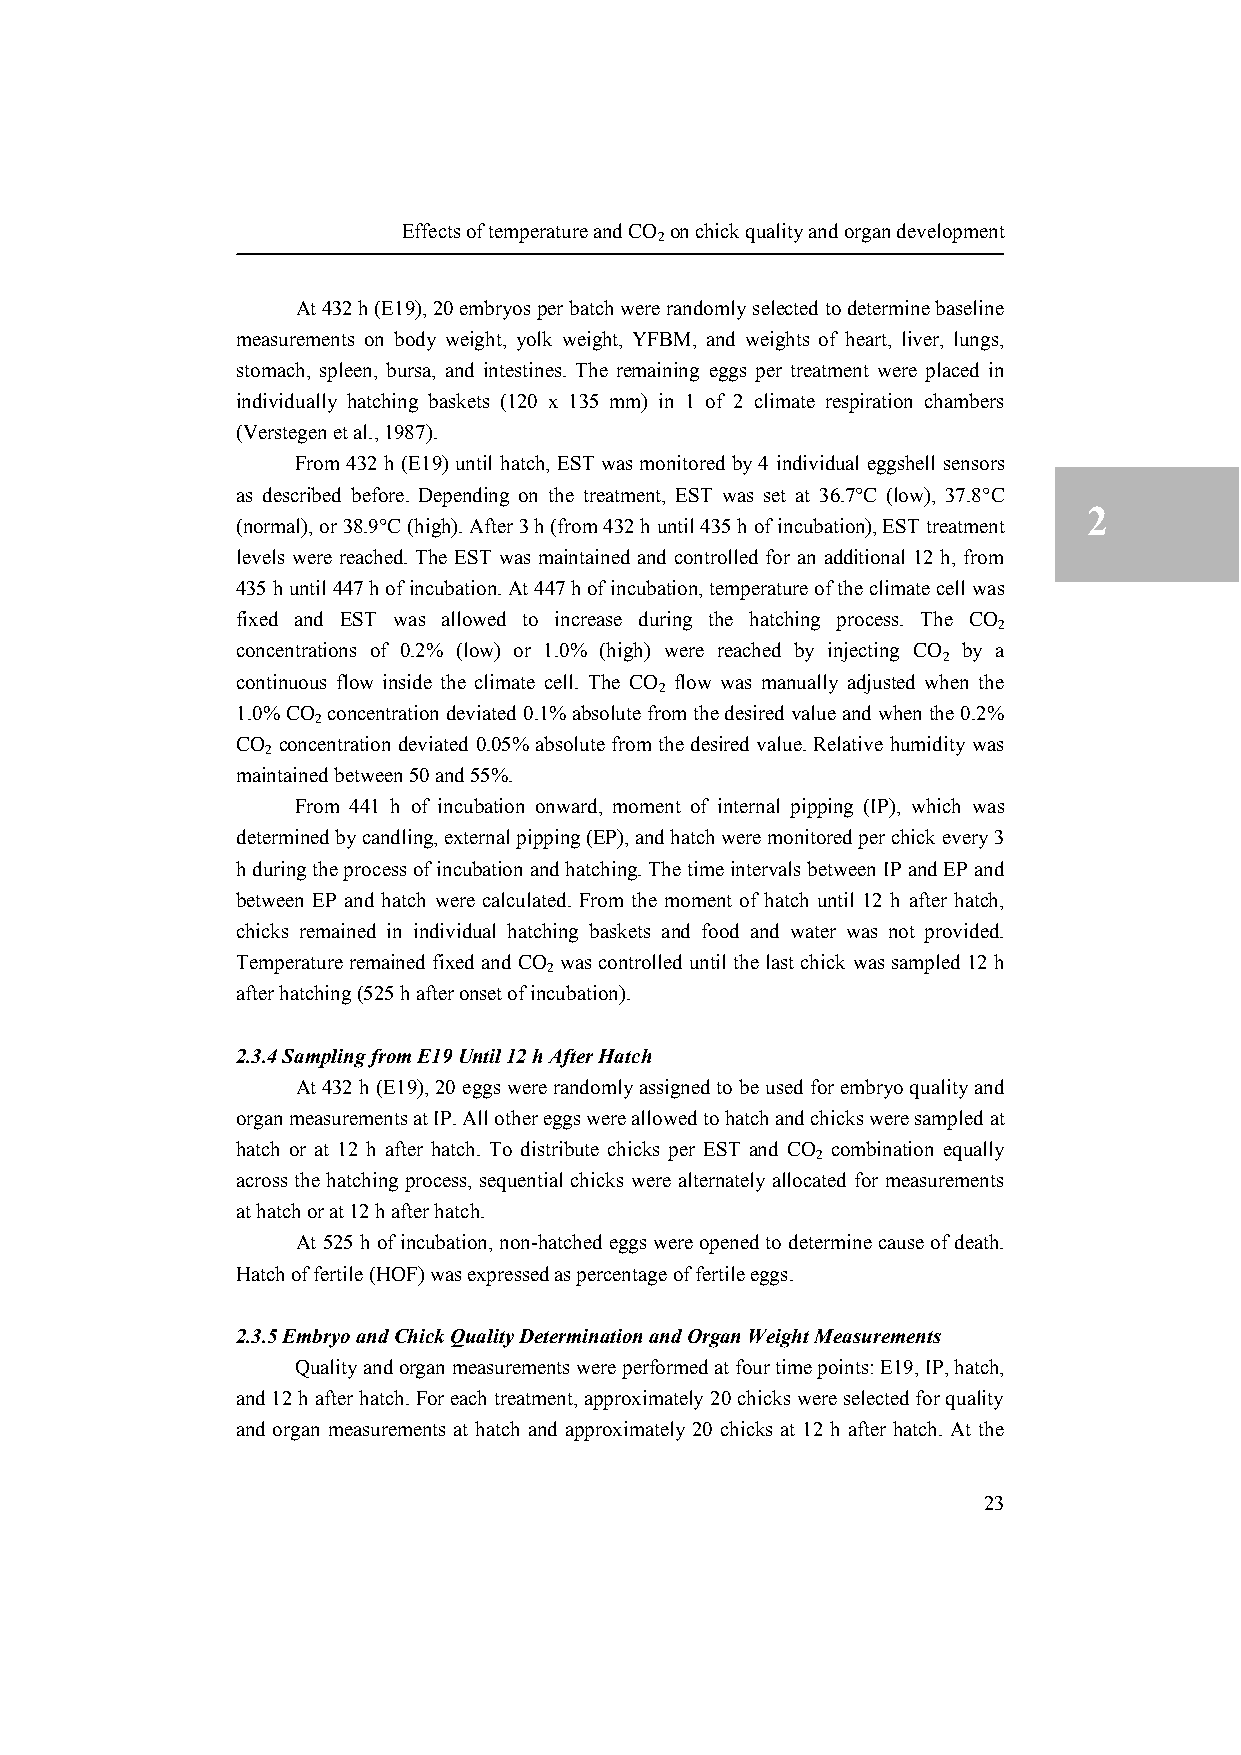
Effects of temperature and CO
 2
 on chick quality and organ development
 At 432 h (E19), 20 embryos per batch were randomly selected to determine baseline
 measurements on body weight, yolk weight, YFBM, and weights of heart, liver, lungs,
 stomach, spleen, bursa, and intestines. The remaining eggs per treatment were placed in
 individually hatching baskets (120 x 135 mm) in 1 of 2 climate respiration chambers 2
 (Verstegen et al., 1987).
 From 432 h (E19) until hatch, EST was monitored by 4 individual eggshell sensors
 as described before. Depending on the treatment, EST was set at 36.7°C (low), 37.8°C
 2
 (normal), or 38.9°C (high). After 3 h (from 432 h until 435 h of incubation), EST treatment
 levels were reached. The EST was maintained and controlled for an additional 12 h, from
 435 h until 447 h of incubation. At 447 h of incubation, temperature of the climate cell was
 fixed and EST was allowed to increase during the hatching process. The CO
 2
 concentrations of 0.2% (low) or 1.0% (high) were reached by injecting CO by a
 2
 continuous flow inside the climate cell. The CO flow was manually adjusted when the
 2
 1.0% CO concentration deviated 0.1% absolute from the desired value and when the 0.2%
 2
 CO concentration deviated 0.05% absolute from the desired value. Relative humidity was
 2
 maintained between 50 and 55%.
 From 441 h of incubation onward, moment of internal pipping (IP), which was
 determined by candling, external pipping (EP), and hatch were monitored per chick every 3
 h during the process of incubation and hatching. The time intervals between IP and EP and
 between EP and hatch were calculated. From the moment of hatch until 12 h after hatch,
 chicks remained in individual hatching baskets and food and water was not provided.
 Temperature remained fixed and CO was controlled until the last chick was sampled 12 h
 2
 after hatching (525 h after onset of incubation).
 2.3.4 Sampling from E19 Until 12 h After Hatch
 At 432 h (E19), 20 eggs were randomly assigned to be used for embryo quality and
 organ measurements at IP. All other eggs were allowed to hatch and chicks were sampled at
 hatch or at 12 h after hatch. To distribute chicks per EST and CO combination equally
 2
 across the hatching process, sequential chicks were alternately allocated for measurements
 at hatch or at 12 h after hatch.
 At 525 h of incubation, non-hatched eggs were opened to determine cause of death.
 Hatch of fertile (HOF) was expressed as percentage of fertile eggs.
 2.3.5 Embryo and Chick Quality Determination and Organ Weight Measurements
 Quality and organ measurements were performed at four time points: E19, IP, hatch,
 and 12 h after hatch. For each treatment, approximately 20 chicks were selected for quality
 and organ measurements at hatch and approximately 20 chicks at 12 h after hatch. At the
 23